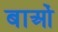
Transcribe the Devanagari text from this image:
बाओं